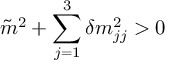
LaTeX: \tilde { m } ^ { 2 } + \sum _ { j = 1 } ^ { 3 } \delta m _ { j j } ^ { 2 } > 0